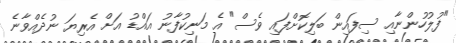
"ފުލުހުންނާއި ސިފައިން ބަލިކޮށްފައި ވެސް" އެ މަނިކުފާނު އައްޑު އަށް އެރިޔަ ނުދެއްވާނެ